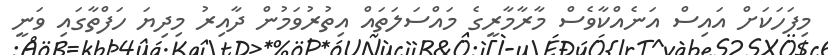
މިފަހަކަށް އައިސް އަނެއްކާވެސް މާރާމާރީގެ މައްސަލަތައް އިތުރުވަމުން ދާއިރު މިދިޔަ ހަފްތާގައި ވަނީ